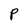
Character: P